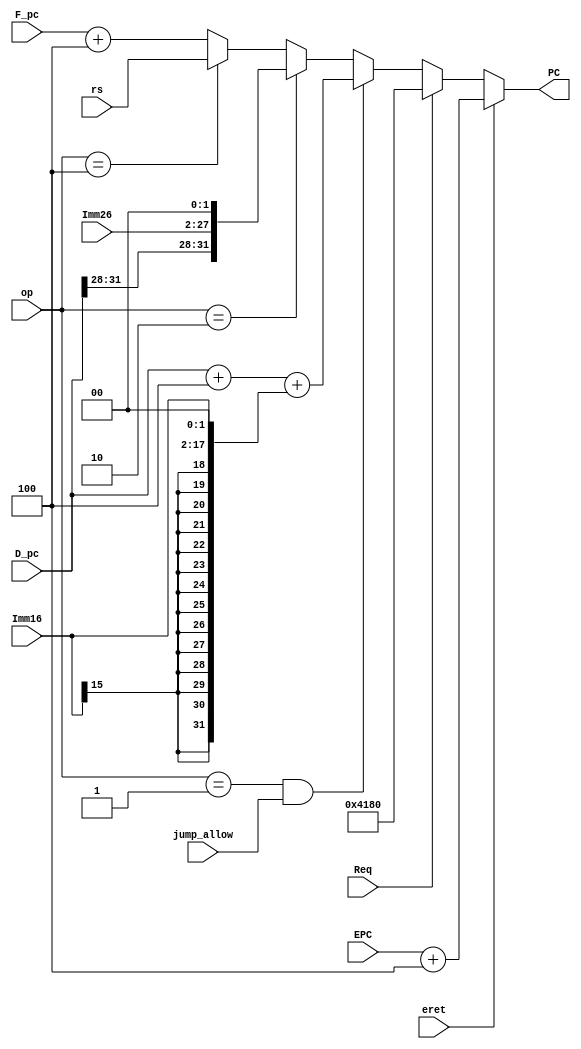
module NPC(
    input [31:0] D_pc,
    input [31:0] F_pc,
    input [31:0] EPC,
    input [2:0] op,
    input eret,
    input Req,
    input [15:0] Imm16,
    input [25:0] Imm26,
    input [31:0] rs,
    input jump_allow,


    output [31:0] PC
);

    parameter b = 3'b001;
    parameter j = 3'b010;
    parameter r = 3'b100;

    assign PC = (eret)                  ?  EPC + 4                                        :
                (Req)                   ?  32'h0000_4180                                  :
                (op == b && jump_allow) ?  D_pc + 32'd4 + {{14{Imm16[15]}}, Imm16, 2'b00} :
                (op == j)               ?  {D_pc[31:28], Imm26, 2'b00}                    :
                (op == r)               ?  rs                                             :
                F_pc + 32'd4;
endmodule